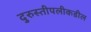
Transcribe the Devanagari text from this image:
दुरुस्तीपलीकडील